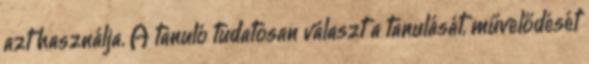
azt használja. A tanuló tudatosan választ a tanulását, művelődését